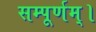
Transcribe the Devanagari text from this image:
सम्पूर्णम्।